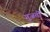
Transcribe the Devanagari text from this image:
गुजर्ती